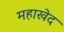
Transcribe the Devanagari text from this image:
महाखेद